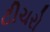
ટીચરો